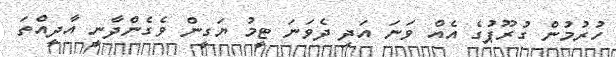
ހުރުމުން ގުރޫޕުގެ އެއް ވަނަ އަދި ދެވަނަ ޓީމު ޔަގީން ވެގެންދާނީ އާދީއްތަ